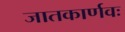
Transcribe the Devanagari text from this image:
जातकार्णवः